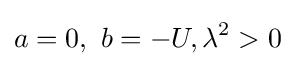
a=0,\ b=-U,\lambda ^{2}>0